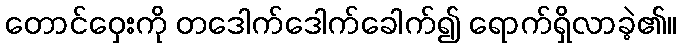
တောင်ဝှေးကို တဒေါက်ဒေါက်ခေါက်၍ ရောက်ရှိလာခဲ့၏။